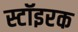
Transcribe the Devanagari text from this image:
स्टॉइरक